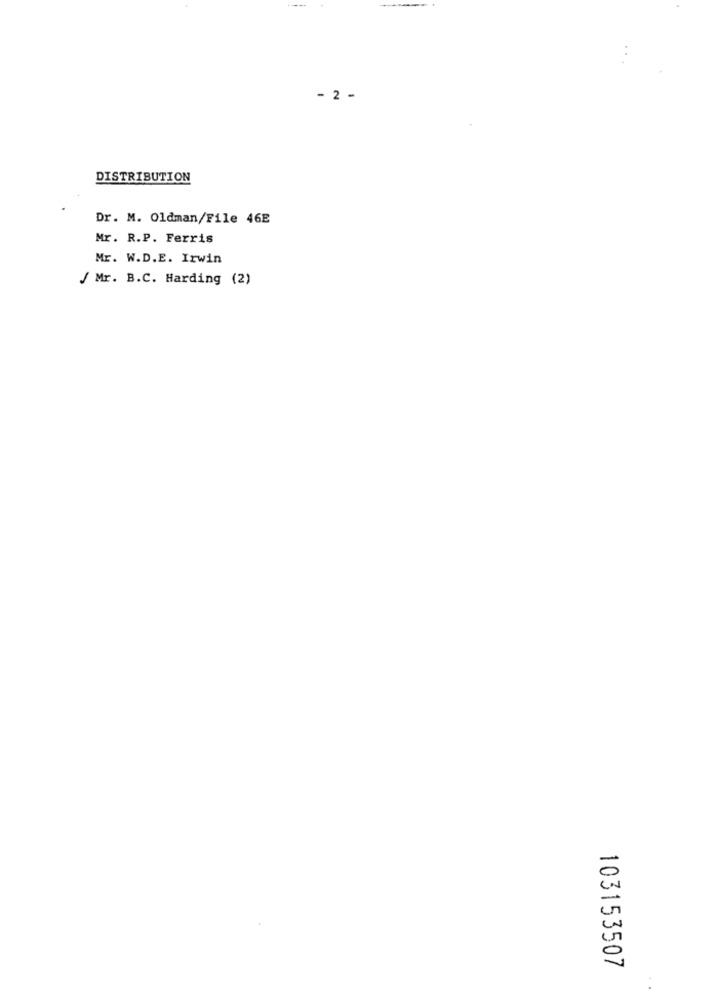
- 2 -
DISTRIBUTION
Dr. M. Oldman/File 46E
Mr. R.P. Ferris
Mr. W.D.E. Irwin
/ Mr. B.C. Harding (2)
103153507